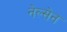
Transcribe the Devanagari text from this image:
नेल्सेन